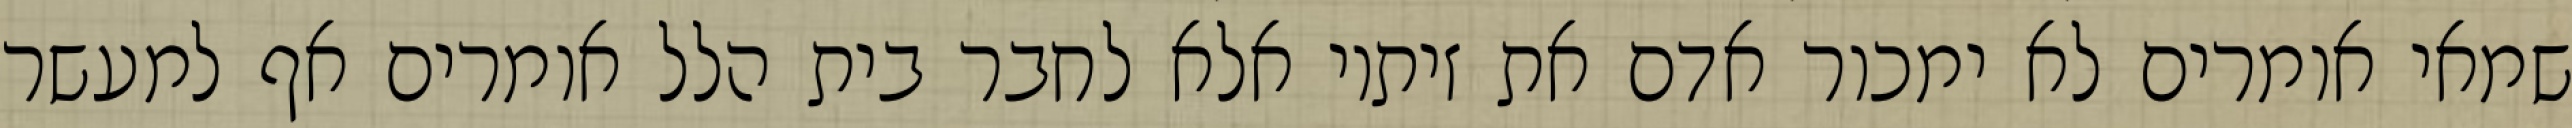
שמאי אומרים לא ימכור אדם את זיתיו אלא לחבר בית הלל אומרים אף למעשר